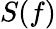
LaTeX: S(f)